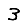
Digit: 3